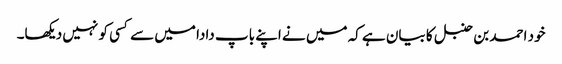
خود احمد بن حنبل کا بیان ہے کہ میں نے اپنے باپ دادا میں سے کسی کو نہیں دیکھا۔